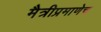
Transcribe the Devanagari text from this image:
मैत्रीप्रमाणेच